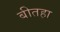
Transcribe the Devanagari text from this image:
बीतहा